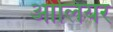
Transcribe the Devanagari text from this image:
ओलियर